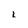
Character: L